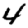
Digit: 4